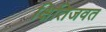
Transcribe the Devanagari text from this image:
क्षितिजवत